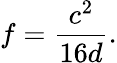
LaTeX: f={\frac{c^{2}}{16d}}.